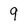
Character: 9